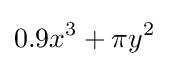
0.9x^{3}+\pi y^{2}